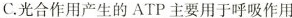
C.光合作用产生的ATP主要用于呼吸作用